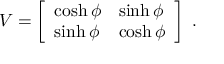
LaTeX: V = \left[ \begin{array} { l l } { { \cosh \phi } } & { { \sinh \phi } } \\ { { \sinh \phi } } & { { \cosh \phi } } \end{array} \right] \ .